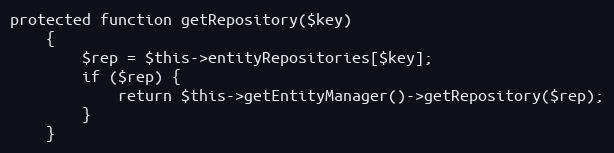
Language: PHP
protected function getRepository($key)
    {
        $rep = $this->entityRepositories[$key];
        if ($rep) {
            return $this->getEntityManager()->getRepository($rep);
        }
    }